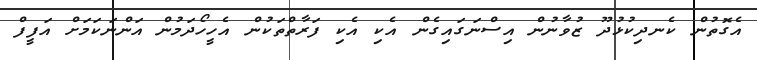
އެގޮތުން ކެނދިކުޅުދޫ ޒުވާނުން އިސްނަގައިގެން އެކި އެކި ފަރާތްތަކުން އެހީހޯދަމުން އަންނަކަމަށް އަފީފް